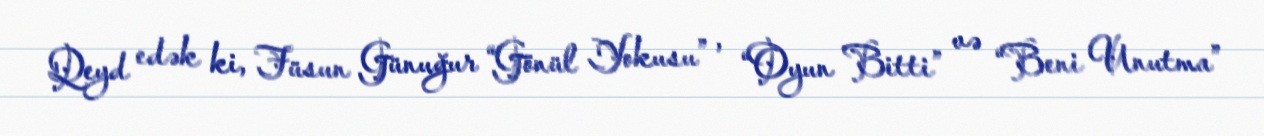
Qeyd edək ki, Füsun Günuğur “Gönül Yokusu” , “Oyun Bitti” və “Beni Unutma”